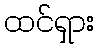
ထင်ရှား